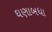
ઘણાબધા